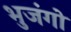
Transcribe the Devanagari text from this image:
भुजंगो